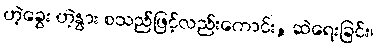
ဟဲ့ခွေး ဟဲ့နွား စသည်ဖြင့်လည်းကောင်း, ဆဲရေးခြင်း၊